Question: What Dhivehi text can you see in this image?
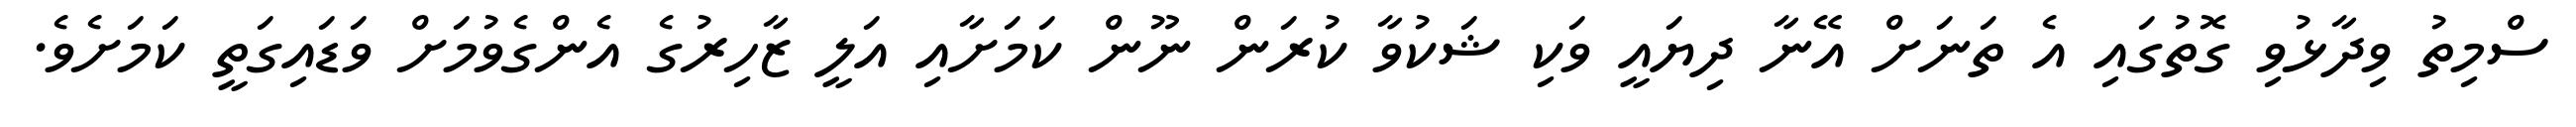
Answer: ސްމިތު ވިދާޅުވި ގޮތުގައި އެ ތަނަށް އޭނާ ދިޔައީ ވަކި ޝަކުވާ ކުރަން ނޫން ކަމަށާއި އަލީ ޒާހިރުގެ އެންގެވުމަށް ވަޑައިގަތީ ކަމަށެވެ.